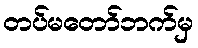
တပ်မတော်ဘက်မှ